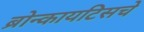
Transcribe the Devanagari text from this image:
ब्रोन्कायटिसचे